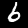
Label: 6